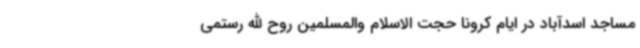
مساجد اسدآباد در ایام کرونا حجت الاسلام والمسلمین روح الله رستمی